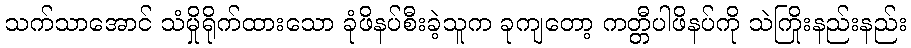
သက်သာအောင် သံမှိုရိုက်ထားသော ခုံဖိနပ်စီးခဲ့သူက ခုကျတော့ ကတ္တီပါဖိနပ်ကို သဲကြိုးနည်းနည်း